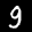
Label: 9